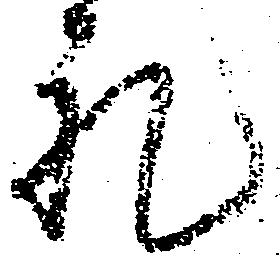
礼